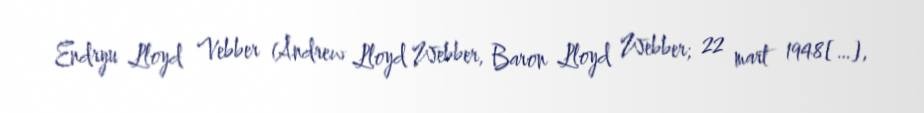
Endryu Lloyd Vebber (Andrew Lloyd Webber, Baron Lloyd Webber; 22 mart 1948[…],